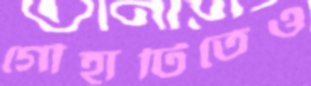
গৌহাটিতেও